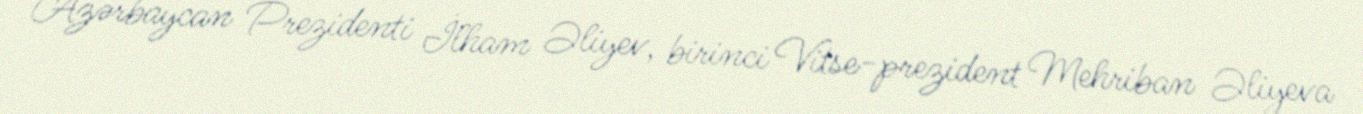
Azərbaycan Prezidenti İlham Əliyev, birinci Vitse-prezident Mehriban Əliyeva